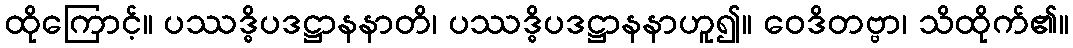
ထိုကြောင့်။ ပဿဒ္ဓိပဒဋ္ဌာနနာတိ၊ ပဿဒ္ဓိပဒဋ္ဌာနနာဟူ၍။ ဝေဒိတဗ္ဗာ၊ သိထိုက်၏။